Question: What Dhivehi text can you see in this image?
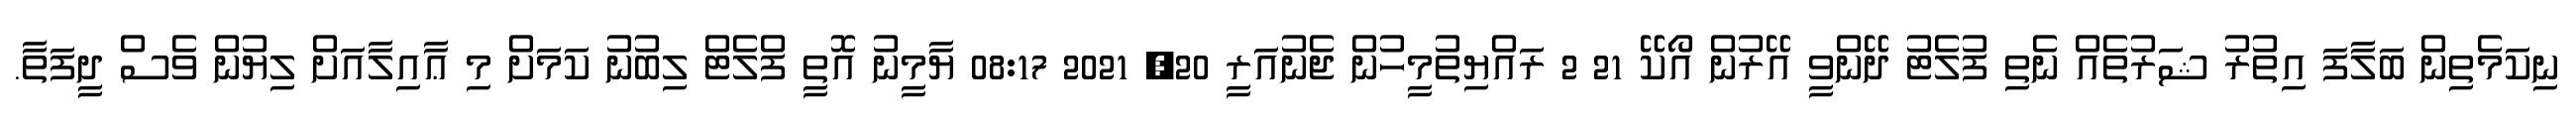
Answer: ނިކަމެތިން ބަލާފަ އިތުރު ޝަރުތެއް ނެތި ފުލެޓު ދޭންވީ އޭރުން އޯކޭ 21 2 ރައްޔިތުމީހުން ޖެނުއަރީ 20, 2021 08:17 ޔާމީނު އޮތީ ފްލެޓް ލިބުނު ކަމަށް މި ޢާއިލާއަށް ލިޔުން ވެސް ދީފަތާ.